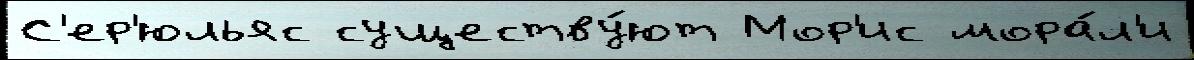
С'ер'юльяс существу́ют Мор'ис мора́л'и